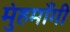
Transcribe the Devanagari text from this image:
मुंहमाँगी